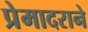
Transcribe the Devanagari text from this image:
प्रेमादराने